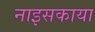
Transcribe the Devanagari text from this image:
नाइसकाया